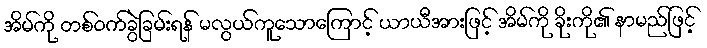
အိမ်ကို တစ်ဝက်ခွဲခြမ်းရန် မလွယ်ကူသောကြောင့် ယာယီအားဖြင့် အိမ်ကို ခိုးကို၏ နာမည်ဖြင့်